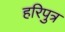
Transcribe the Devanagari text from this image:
हरिपुत्र